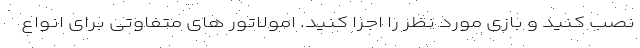
نصب کنید و بازی مورد نظر را اجرا کنید. امولاتور های متفاوتی برای انواع